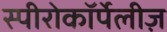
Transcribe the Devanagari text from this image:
स्पीरोकॉर्पेलीज़